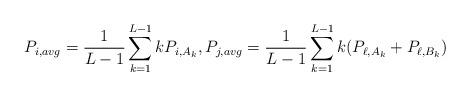
LaTeX: \begin{align*}P_{i,avg}=\frac{1}{L-1}\sum_{k=1}^{L-1}kP_{i,A_k},P_{j,avg}=\frac{1}{L-1}\sum_{k=1}^{L-1}k(P_{\ell,A_k}+P_{\ell,B_k})\end{align*}